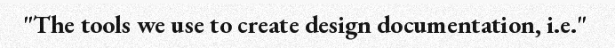
"The tools we use to create design documentation, i.e."